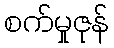
စက်မှုဇုန်